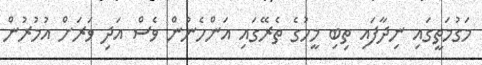
މަގުމަތީގައި ނިދާފައި ތިބި މީހުގެ ތެރޭގައި އަންހެނުން ވެސް އަދި ވަރަށް އުމުރުން